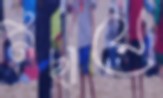
নিছায়ে